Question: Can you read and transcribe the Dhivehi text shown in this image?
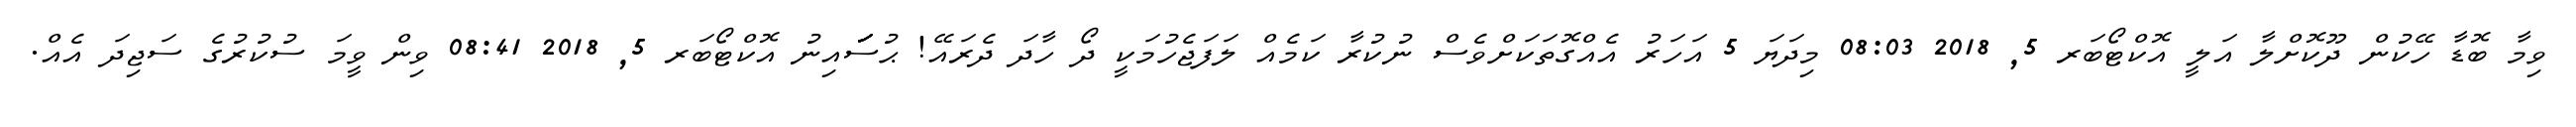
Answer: ވިމާ ބޮޑާ ހޭކުން ދޫކޮށްލާ އަލީ އޮކްޓޯބަރ 5, 2018 08:03 މިދަޔަ 5 އަހަރު އެއްގޮތަކަށްވެސް ނުކުރާ ކަމެއް ލަފަޖެހުމަކީ ދޯ ހާދަ ދެރައޭ! ޙުސަަަަަަަައިނު އޮކްޓޯބަރ 5, 2018 08:41 ވިން ވީމަ ސުކުރުގެ ސަޖިދަ އެއް.